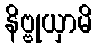
နိဗ္ဗုယှာမိ